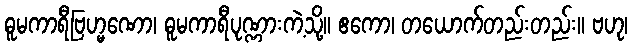
ဓူမကာရီဗြဟ္မဏော၊ ဓူမကာရီပုဏ္ဏားကဲ့သို့။ ဧကော၊ တယောက်တည်းတည်း။ ဗဟု၊